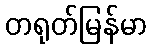
တရုတ်မြန်မာ